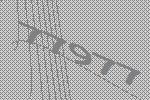
77977